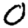
Digit: 0